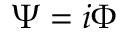
\Psi = i \Phi